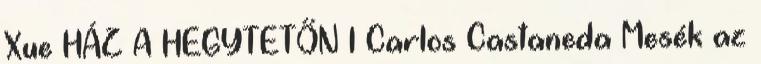
Xue HÁZ A HEGYTETŐN 1 Carlos Castaneda Mesék az